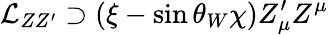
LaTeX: \mathcal{L}_{ZZ^{\prime}}\supset(\xi-\sin\theta_{W}\chi)Z_{\mu}^{\prime}Z^{\mu}